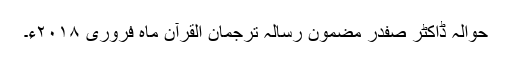
حوالہ ڈاکٹر صفدر مضمون رسالہ ترجمان القرآن ماہ فروری ۲۰۱۸ء۔